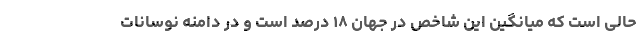
حالی است که میانگین این شاخص در جهان ۱۸ درصد است و در دامنه نوسانات